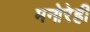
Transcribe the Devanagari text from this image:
मनोरेही